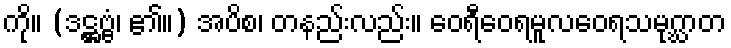
ကို။ (ဒဋ္ဌဗ္ဗံ၊ ၏။) အပိစ၊ တနည်းလည်း။ ဝေရီဝေရမူလဝေရသမုဂ္ဃာတ